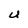
Character: U